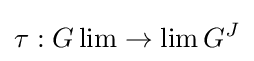
\tau :G\lim \to \lim G^{J}